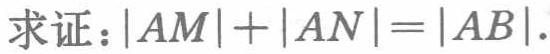
求证：\(|AM| + |AN| = |AB|\).